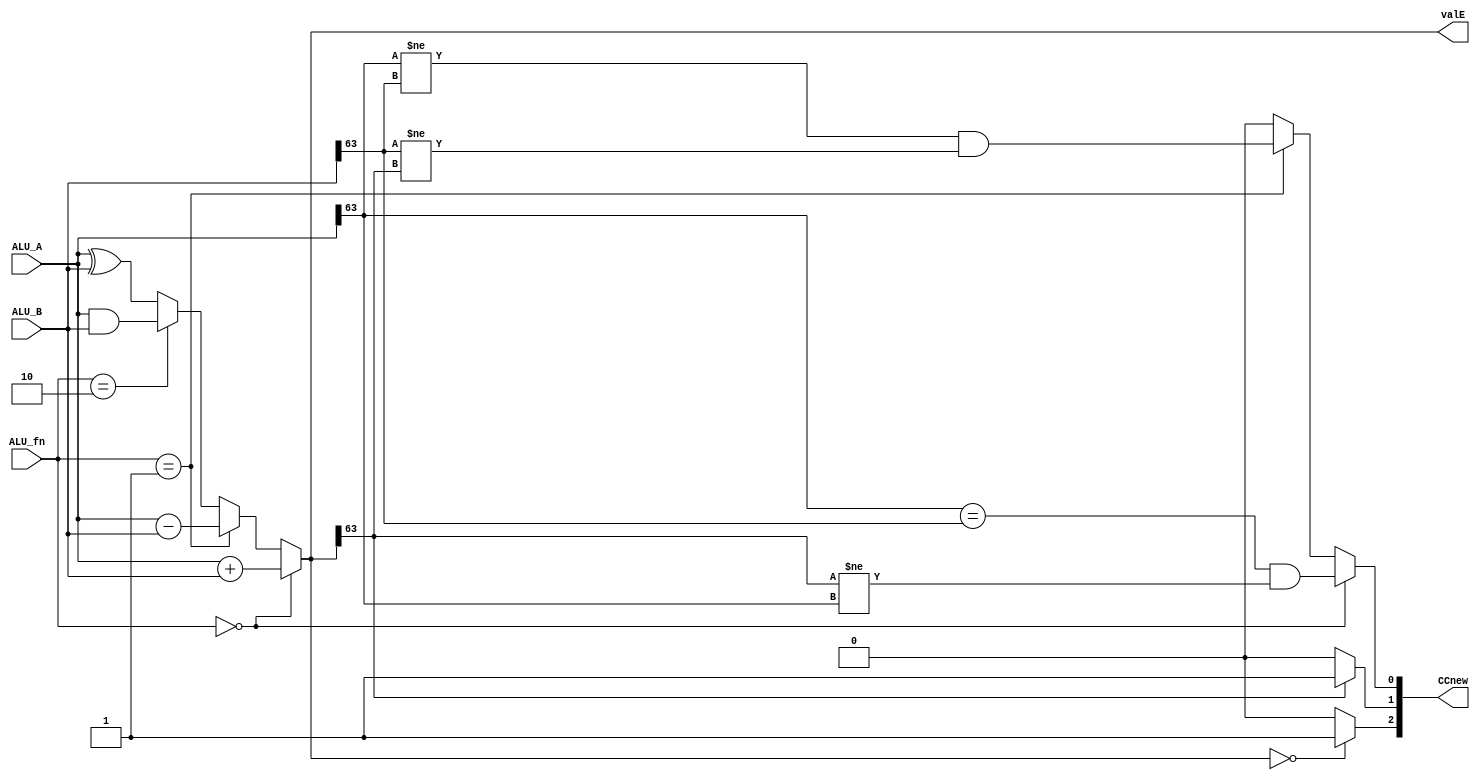
module ALU(
    input [63:0] ALU_A,
    input [63:0] ALU_B,
    input [3:0] ALU_fn,
    output [63:0] valE,
    output [2:0] CCnew
);

assign valE = ALU_fn == 0 ? ALU_A + ALU_B :
ALU_fn == 1 ? ALU_A - ALU_B :
ALU_fn == 2 ? ALU_A & ALU_B : ALU_A ^ ALU_B; 
assign CCnew[2] = valE == 0 ? 1 : 0; 
assign CCnew[1] = valE[63] == 1 ? 1 : 0;
assign CCnew[0] = ALU_fn == 0 ?   ((ALU_A[63] == ALU_B[63]) & valE[63] != ALU_A[63]) :
ALU_fn == 1 ? (ALU_A[63] != ALU_B[63]) & (ALU_B[63] != valE[63]) : 0;

endmodule